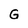
Character: G